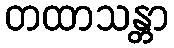
တထာသန္တာ